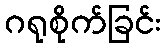
ဂရုစိုက်ခြင်း